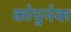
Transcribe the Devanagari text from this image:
कोपुनेक